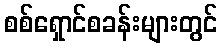
စစ်ရှောင်စခန်းများတွင်